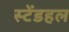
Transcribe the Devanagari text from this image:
स्टेंडहल